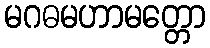
မဂဓမဟာမတ္တော